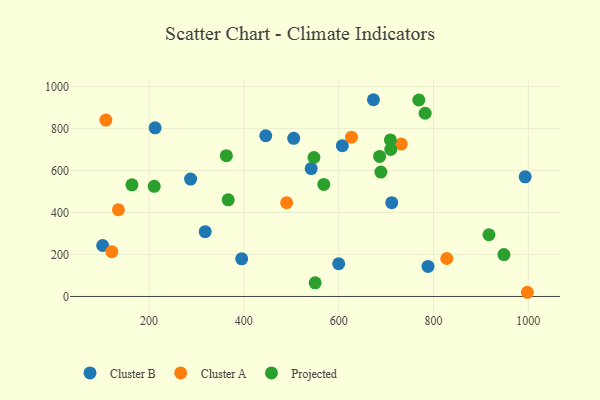
{"axis": {"x": "Distance", "y": "Yield"}, "legend": ["Cluster A", "Cluster B", "Projected"], "data": [{"x": "673.4", "y": 937.8, "type": "Cluster B"}, {"x": "712.0", "y": 447.2, "type": "Cluster B"}, {"x": "395.6", "y": 179.5, "type": "Cluster B"}, {"x": "287.8", "y": 559.8, "type": "Cluster B"}, {"x": "788.5", "y": 143.0, "type": "Cluster B"}, {"x": "446.3", "y": 766.0, "type": "Cluster B"}, {"x": "993.4", "y": 570.5, "type": "Cluster B"}, {"x": "542.1", "y": 609.6, "type": "Cluster B"}, {"x": "505.2", "y": 753.6, "type": "Cluster B"}, {"x": "600.1", "y": 155.9, "type": "Cluster B"}, {"x": "102.3", "y": 243.0, "type": "Cluster B"}, {"x": "213.0", "y": 803.8, "type": "Cluster B"}, {"x": "318.6", "y": 309.0, "type": "Cluster B"}, {"x": "607.8", "y": 718.7, "type": "Cluster B"}, {"x": "135.6", "y": 413.3, "type": "Cluster A"}, {"x": "828.1", "y": 180.9, "type": "Cluster A"}, {"x": "109.1", "y": 840.9, "type": "Cluster A"}, {"x": "998.0", "y": 20.0, "type": "Cluster A"}, {"x": "121.8", "y": 213.5, "type": "Cluster A"}, {"x": "732.1", "y": 726.2, "type": "Cluster A"}, {"x": "490.3", "y": 446.8, "type": "Cluster A"}, {"x": "627.1", "y": 759.5, "type": "Cluster A"}, {"x": "769.1", "y": 936.5, "type": "Projected"}, {"x": "782.4", "y": 873.3, "type": "Projected"}, {"x": "709.9", "y": 700.8, "type": "Projected"}, {"x": "547.9", "y": 662.3, "type": "Projected"}, {"x": "948.5", "y": 199.8, "type": "Projected"}, {"x": "568.7", "y": 534.2, "type": "Projected"}, {"x": "709.2", "y": 746.3, "type": "Projected"}, {"x": "686.4", "y": 667.5, "type": "Projected"}, {"x": "367.1", "y": 460.9, "type": "Projected"}, {"x": "363.2", "y": 671.1, "type": "Projected"}, {"x": "164.1", "y": 532.4, "type": "Projected"}, {"x": "211.1", "y": 525.1, "type": "Projected"}, {"x": "917.0", "y": 294.3, "type": "Projected"}, {"x": "689.1", "y": 592.8, "type": "Projected"}, {"x": "550.5", "y": 65.1, "type": "Projected"}]}